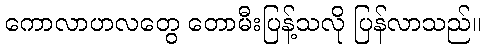
ကောလာဟလတွေ တောမီးပြန့်သလို ပြန်လာသည်။